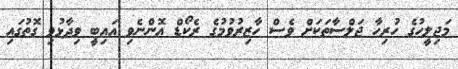
މަޖިލީހުގެ ހުރިހާ ޖަލްސާތަކަށް ވެސް ހާޒިރުވުމުގެ ރެކޯޑް އޮންނެވި އައިބީ ވިދާޅުވި ގޮތުގައި